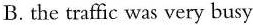
B. the traffic was very busy